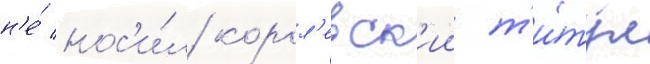
н'е́ нос'и́л корол'евск'ии т'и́тул